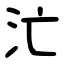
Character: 汒